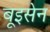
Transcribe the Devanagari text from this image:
बूइसेन